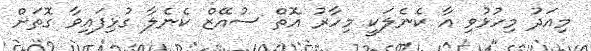
މިއަދު މިހުޅުވި އާ ކެނެލަކީ މިހާރު އޮތް ސުއޭޒް ކެނެލާ ގުޅިފައިވާ ގޮތަށް